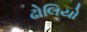
ઢોલિયો